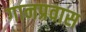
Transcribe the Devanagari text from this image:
गानप्रवास